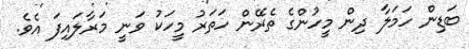
ބަޑިން ހަމަލާ ދިން މީހުންގެ ތެރޭން ހަތަރު މީހަކު ވަނީ މަރާލައިފަ އެވެ.